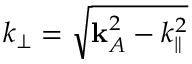
k _ { \perp } = \sqrt { \mathbf { k } _ { A } ^ { 2 } - k _ { \parallel } ^ { 2 } }